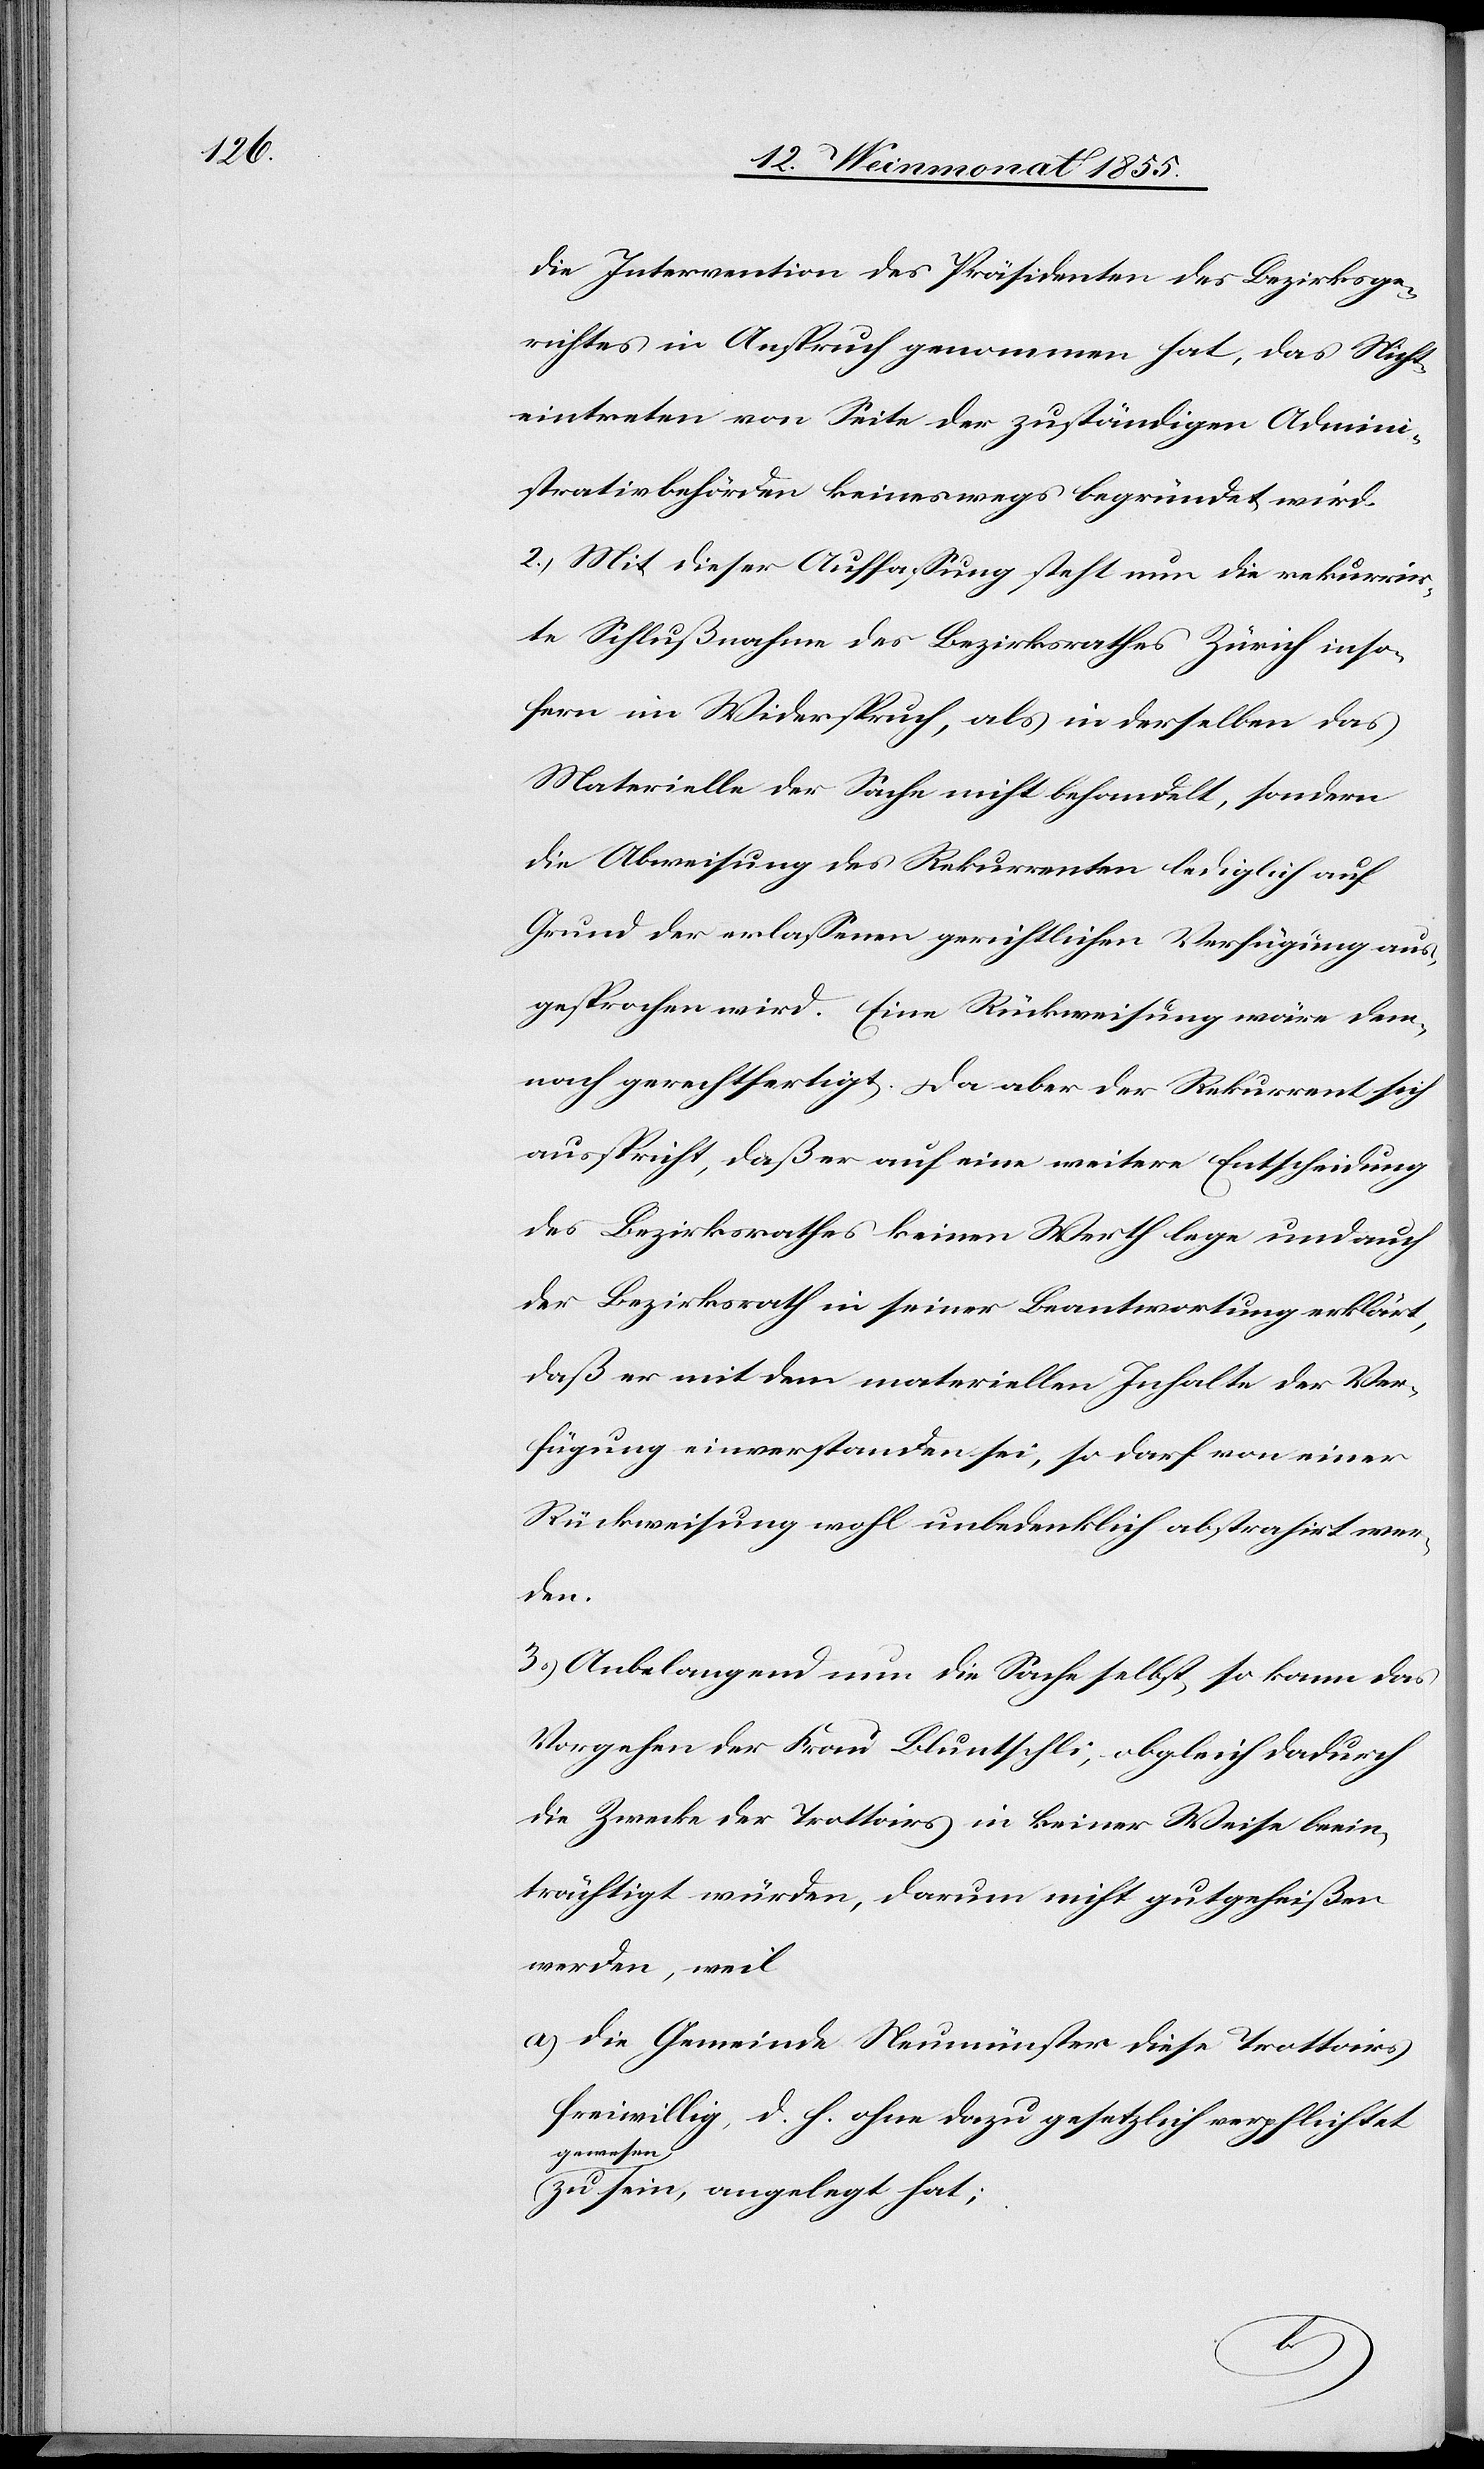
die Intervention des Präsidenten des Bezirksge¬
richtes in Anspruch genommen hat, das Nicht¬
eintreten von Seite der zuständigen Admini¬
strativbehörden keineswegs begründet wird.
2.) Mit dieser Auffassung steht nun die rekurrir¬
te Schlußnahme des Bezirksrathes Zürich inso¬
fern im Widerspruch, als in derselben das
Materielle der Sache nicht behandelt, sondern
die Abweisung des Rekurrenten lediglich auf
Grund der erlassenen gerichtlichen Verfügung aus¬
gesprochen wird. Eine Rückweisung wäre dem¬
nach gerechtfertigt. Da aber der Rekurrent sich
ausspricht, daß er auf eine weitere Entscheidung
des Bezirksrathes keinen Werth lege und auch
der Bezirksrath in seiner Beantwortung erklärt,
daß er mit dem materiellen Inhalte der Ver¬
fügung einverstanden sei, so darf von einer
Rückweisung wohl unbedenklich abstrahirt wer¬
den.
3.) Anbelangend nun die Sache selbst, so kann das
Vorgehen der Frau Bluntschli, obgleich dadurch
die Zwecke der Trottoirs in keiner Weise beein¬
trächtigt würden, darum nicht gutgeheißen
werden, weil
die Gemeinde Neumünster diese Trottoirs
freiwillig, d. h. ohne dazu gesetzlich verpflichtet
gewesen
zu sein, angelegt hat;